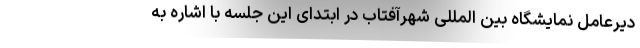
دیرعامل نمایشگاه بین المللی شهرآفتاب در ابتدای این جلسه با اشاره به